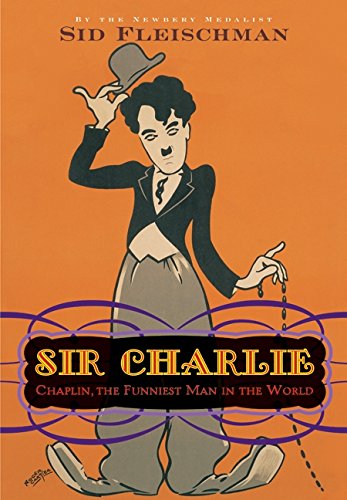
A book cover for Sir Charlie: Chaplin, the Funniest Man in the World; Sid Fleischman; Children's Books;